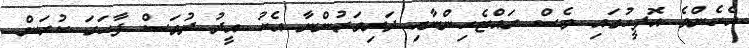
އެހެންވެ އޮފީހުގައި ވެސް ރައްޓެހިންނާއި ދަރިވަރުންނާ އެކު އީދު ދުވަސް ފާހަގަ ކުރަން